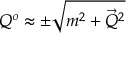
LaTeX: Q ^ { o } \approx \pm \sqrt { m ^ { 2 } + { \vec { Q } } ^ { 2 } }